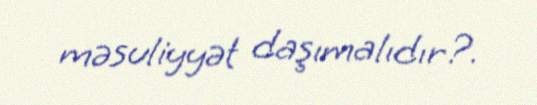
məsuliyyət daşımalıdır?.